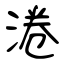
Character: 淃